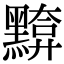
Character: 𪒈